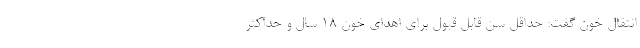
انتقال خون گفت: حداقل سن قابل قبول برای اهدای خون ۱۸ سال و حداکثر